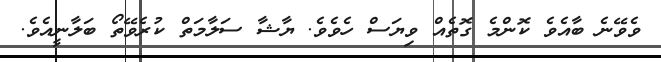
ވެވޭނެ ބާއެވެ ކޮންމެ ގޮތެއް ވިޔަސް ހެވެވެ. ޔާޝާ ސަލާމަތް ކުރެވޭތޯ ބަލާނީއެވެ.